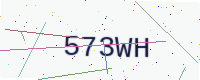
Text: 573WH